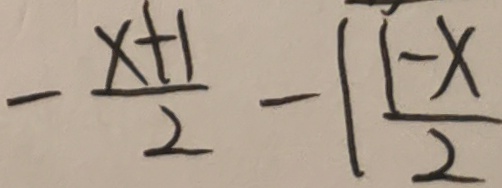
- \frac { x + 1 } { 2 } - \vert \frac { 1 - x } { 2 }